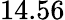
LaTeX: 14.56